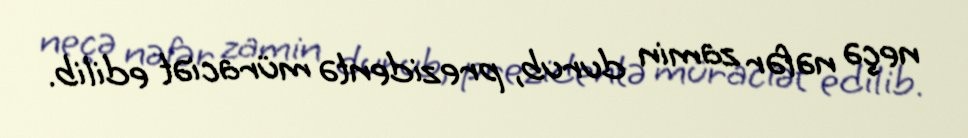
neçə nəfər zamin durub, prezidentə müraciət edilib.